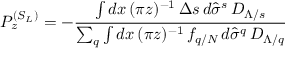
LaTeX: P _ { z } ^ { ( S _ { L } ) } = - \frac { \int d x \, ( \pi z ) ^ { - 1 } \, \Delta s \, d \hat { \sigma } ^ { s } \, D _ { \Lambda / s } } { \sum _ { q } \int d x \, ( \pi z ) ^ { - 1 } \, f _ { q / N } \, d \hat { \sigma } ^ { q } \, D _ { \Lambda / q } }